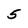
Character: 5